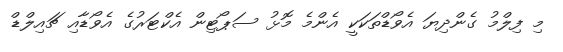
މި ފިލްމު ގެންދިޔަ އެވޯޑްތަކަކީ އެންމެ މޮޅު ސަޕޯޓިން އެކްޓަރުގެ އެވޯޑާއި ޗައިލްޑް